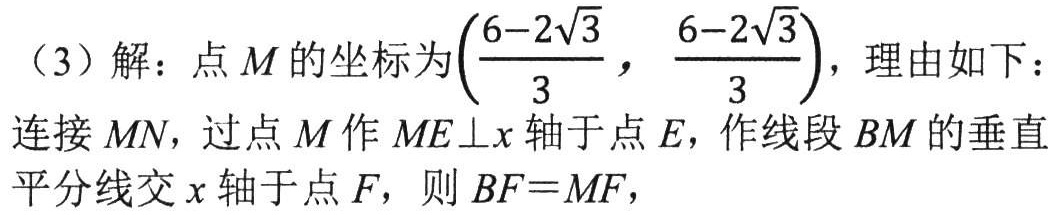
（3）解：点\(M\)的坐标为\((\frac{6 - 2\sqrt{3}}{3},\frac{6 - 2\sqrt{3}}{3})\)，理由如下：

连接\(MN\)，过点\(M\)作\(ME\perp x\)轴于点\(E\)，作线段\(BM\)的垂直平分线交\(x\)轴于点\(F\)，则\(BF = MF\)，